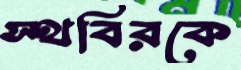
স্থবিরকে